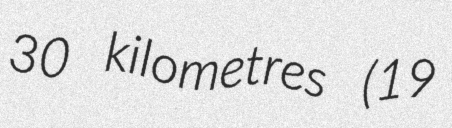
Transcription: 30 kilometres (19